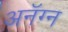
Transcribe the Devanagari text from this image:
अनॅग्न